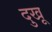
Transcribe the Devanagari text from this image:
दुखू